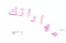
مهاراتك